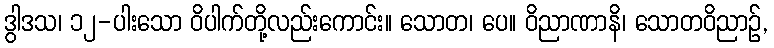
ဒွါဒသ၊ ၁၂-ပါးသော ဝိပါက်တို့လည်းကောင်း။ သောတ၊ ပေ။ ဝိညာဏာနိ၊ သောတဝိညာဉ်,